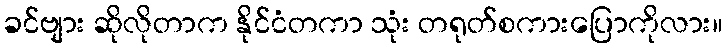
ခင်ဗျား ဆိုလိုတာက နိုင်ငံတကာ သုံး တရုတ်စကားပြောကိုလား။